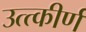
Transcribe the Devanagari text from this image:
उत्त्कीर्ण